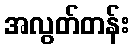
အလွတ်တန်း